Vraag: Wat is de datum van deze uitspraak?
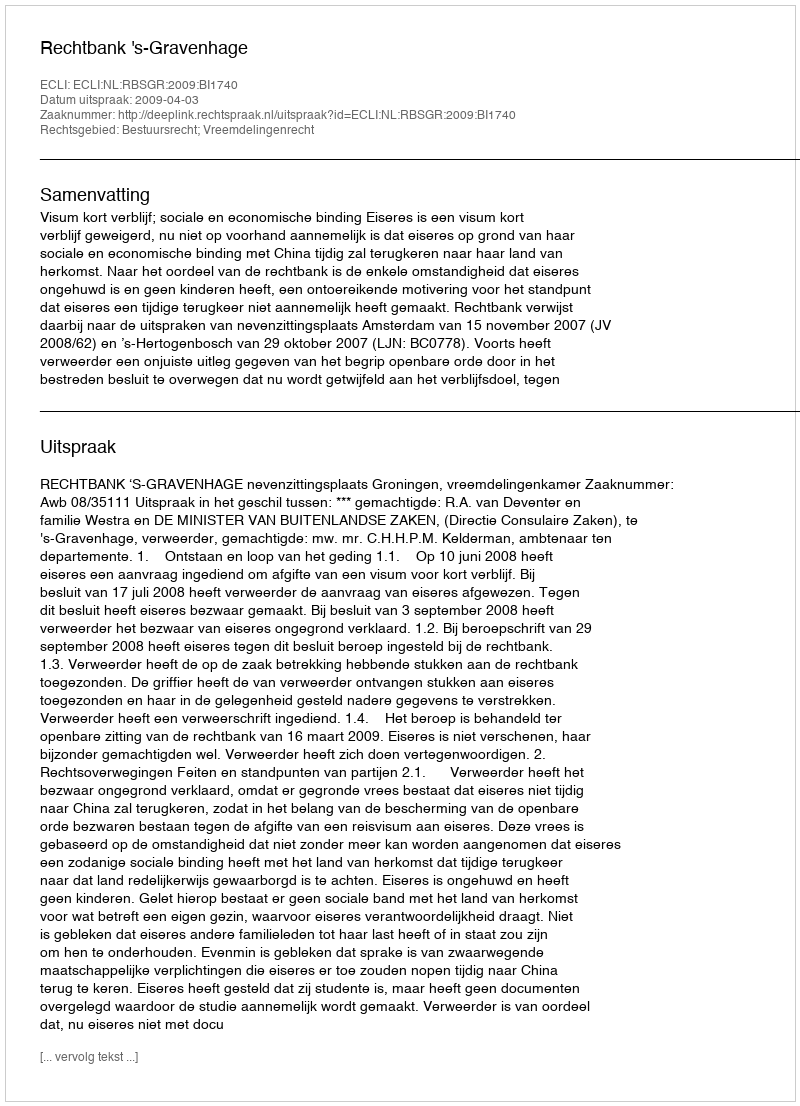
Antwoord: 2009-04-03